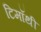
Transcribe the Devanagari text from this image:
टिमॉथी